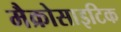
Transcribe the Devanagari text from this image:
मैक्रोसाइटिक